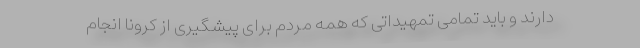
دارند و باید تمامی تمهیداتی که همه مردم برای پیشگیری از کرونا انجام